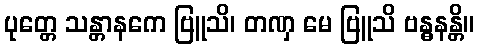
ပုတ္တေ သန္တာနကေ ဗြူသိ၊ တဏှ မေ ဗြူသိ ဗန္ဓနန္တိ။